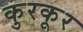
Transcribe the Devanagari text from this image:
कुरकूर